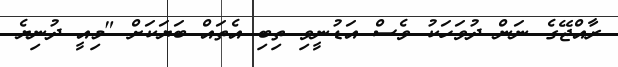
ރާއްޖޭގެ ނަން ދުވަހަކު ވެސް އަޑުނީވި ތިބި އެތައް ބަޔަކަށް "މިއީ ދުނިޔެ